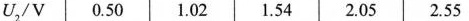
U2/V0.501.021.542.052.55